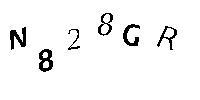
N828GR